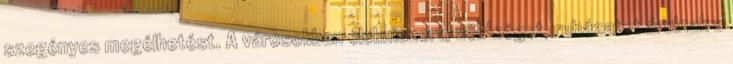
szegényes megélhetést. A városokban élelmiszert, zöldséget, ruházatot árulnak a